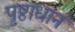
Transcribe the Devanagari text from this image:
पृष्ठाधान